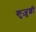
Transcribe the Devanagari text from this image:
कुज़ुशी